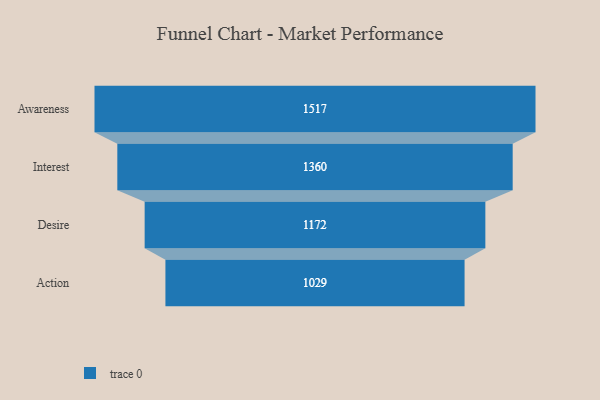
{"axis": {"x": "Stage", "y": "Value"}, "legend": [""], "data": [{"x": "Awareness", "y": 1517.0, "type": ""}, {"x": "Interest", "y": 1360.0, "type": ""}, {"x": "Desire", "y": 1172.0, "type": ""}, {"x": "Action", "y": 1029.0, "type": ""}]}